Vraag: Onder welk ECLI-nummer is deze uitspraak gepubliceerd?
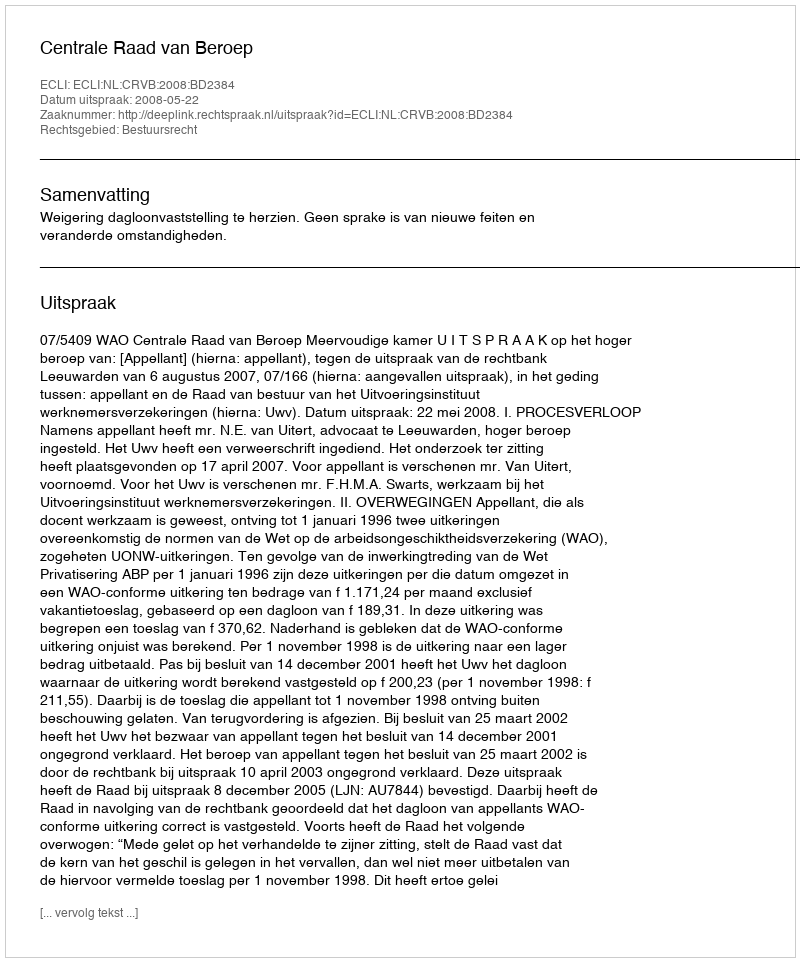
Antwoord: ECLI:NL:CRVB:2008:BD2384